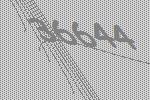
36644